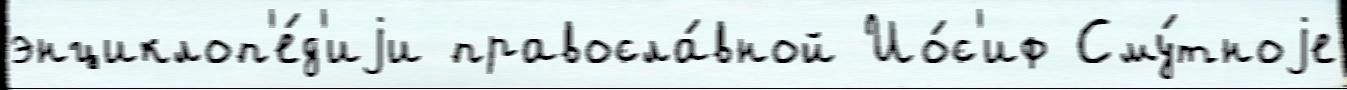
энциклоп'е́д'иjи правосла́вной Ио́с'иф Сму́тноjе